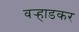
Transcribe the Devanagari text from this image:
वर्‍हाडकर